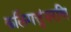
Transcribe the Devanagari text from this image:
कलिंगत्तुंधरणि